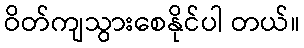
ဝိတ်ကျသွားစေနိုင်ပါ တယ်။